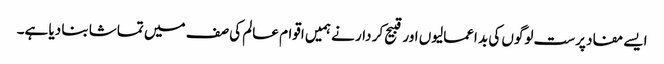
ایسے مفاد پرست لوگوں کی بد اعمالیوں اور قبیح کر دار نے ہمیں اقوام عالم کی صف میں تماشا بنا دیا ہے۔